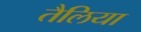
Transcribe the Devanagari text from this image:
तैलिया